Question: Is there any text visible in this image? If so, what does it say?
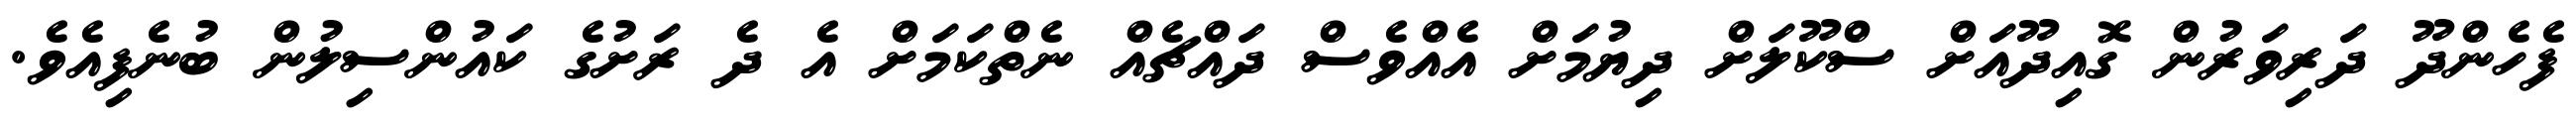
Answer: ފެހެންދޫ ދަރިވަރުން ގޮއިދޫއަށް ސްކޫލަށް ދިޔުމަށް އެއްވެސް ދައްޗެއް ނެތްކަމަށް އެ ދެ ރަށުގެ ކައުންސިލުން ބުނެފިއެވެ.